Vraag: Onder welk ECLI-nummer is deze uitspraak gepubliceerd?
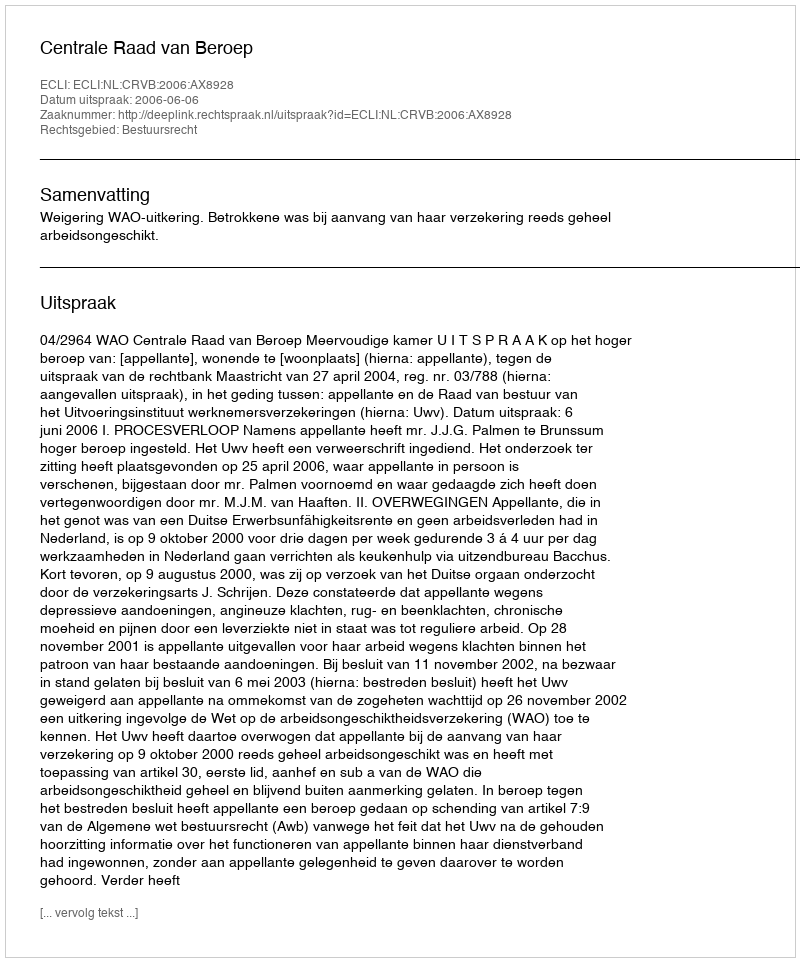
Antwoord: ECLI:NL:CRVB:2006:AX8928